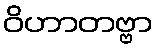
ဝိဟာတဗ္ဗာ